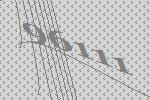
96111